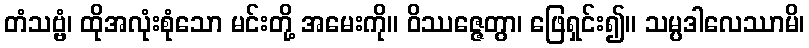
တံသဗ္ဗံ၊ ထိုအလုံးစုံသော မင်းတို့ အမေးကို။ ဝိဿဇ္ဇေတွာ၊ ဖြေရှင်း၍။ သမ္ပဒါလေဿာမိ၊